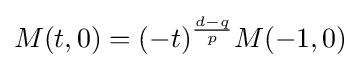
M(t,0)=(-t)^{\frac {d-q}{p}}M(-1,0)